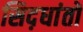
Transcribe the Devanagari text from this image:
सिद़धांतों